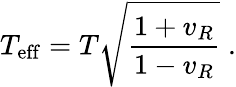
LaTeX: T_{\mathrm{eff}}=T\sqrt{\frac{1+v_{R}}{1-v_{R}}}\; .